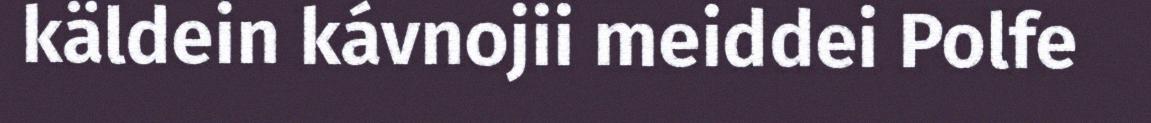
käldein kávnojii meiddei Polfe